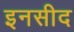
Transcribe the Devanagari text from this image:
इनसीद